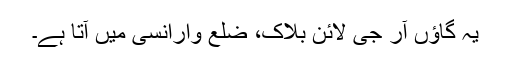
یہ گاؤں آر جی لائن بلاک، ضلع وارانسی میں آتا ہے۔